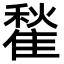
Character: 䨂